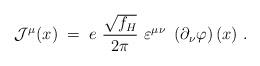
LaTeX: \begin{align*}{\mathcal J}^\mu (x) \;=\;e~\frac{\sqrt{f_H}}{2\pi}~\varepsilon^{\mu\nu}~\left( \partial_\nu \varphi\right) (x)~.\end{align*}